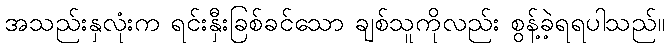
အသည်းနှလုံးက ရင်းနှီးခြစ်ခင်သော ချစ်သူကိုလည်း စွန့်ခဲ့ရရပါသည်။